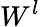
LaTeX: W^{l}